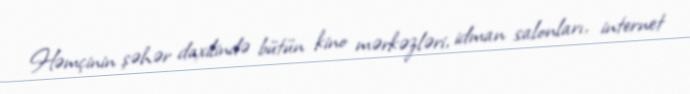
Həmçinin şəhər daxilində bütün kino mərkəzləri, idman salonları, internet